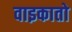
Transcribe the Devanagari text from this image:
वाइकातो